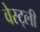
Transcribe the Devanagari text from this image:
वेस्ट्ली